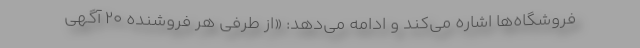
فروشگاه‌ها اشاره می‌کند و ادامه می‌دهد: «از طرفی هر فروشنده ۲۰ آگهی